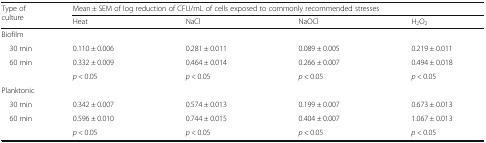
<table><thead><tr><td rowspan="2"><b>Type of culture</b></td><td colspan="4"><b>Mean ± SEM of log reduction of CFU/mL of cells exposed to commonly recommended stresses</b></td></tr><tr><td><b>Heat</b></td><td><b>NaCl</b></td><td><b>NaOCl</b></td><td><b>H<sub>2</sub>O<sub>2</sub></b></td></tr></thead><tbody><tr><td colspan="5">Biofilm</td></tr><tr><td> 30 min</td><td>0.110 ± 0.006</td><td>0.281 ± 0.011</td><td>0.089 ± 0.005</td><td>0.219 ± 0.011</td></tr><tr><td> 60 min</td><td>0.332 ± 0.009</td><td>0.464 ± 0.014</td><td>0.266 ± 0.007</td><td>0.494 ± 0.018</td></tr><tr><td></td><td><i>p</i> &lt; 0.05</td><td><i>p</i> &lt; 0.05</td><td><i>p</i> &lt; 0.05</td><td><i>p</i> &lt; 0.05</td></tr><tr><td colspan="5">Planktonic</td></tr><tr><td> 30 min</td><td>0.342 ± 0.007</td><td>0.574 ± 0.013</td><td>0.199 ± 0.007</td><td>0.673 ± 0.013</td></tr><tr><td> 60 min</td><td>0.596 ± 0.010</td><td>0.744 ± 0.015</td><td>0.404 ± 0.007</td><td>1.067 ± 0.013</td></tr><tr><td></td><td><i>p</i> &lt; 0.05</td><td><i>p</i> &lt; 0.05</td><td><i>p</i> &lt; 0.05</td><td><i>p</i> &lt; 0.05</td></tr></tbody></table>